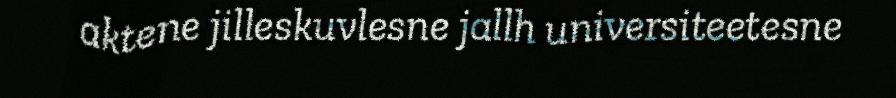
aktene jilleskuvlesne jallh universiteetesne